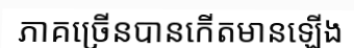
ភាគច្រើនបានកើតមានឡើង